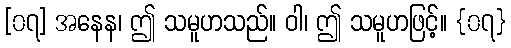
[၀၇] အနေန၊ ဤ သမူဟသည်။ ဝါ၊ ဤ သမူဟဖြင့်။ {၀၇}